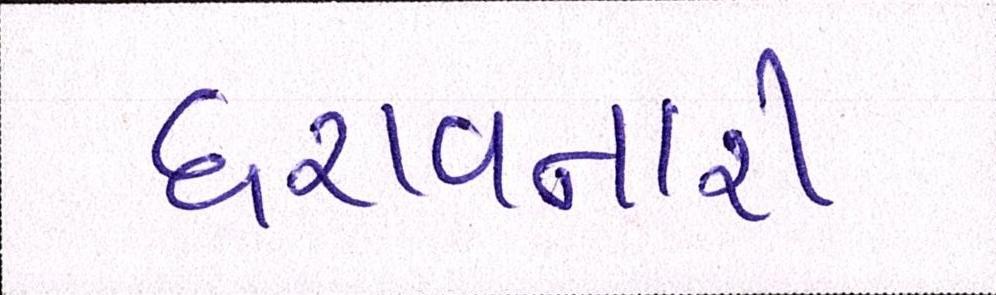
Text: ધરાવનારી